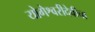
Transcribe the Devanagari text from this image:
योगेश्वरीदेवीचा